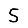
Digit: 5